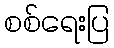
စစ်ရေးပြ